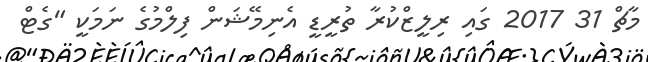
މާޗް 31 2017 ގައި ރިލީޒްކުރާ ތުރީޑީ އެނިމޭޝަން ފިލްމުގެ ނަމަކީ "ގެޓް